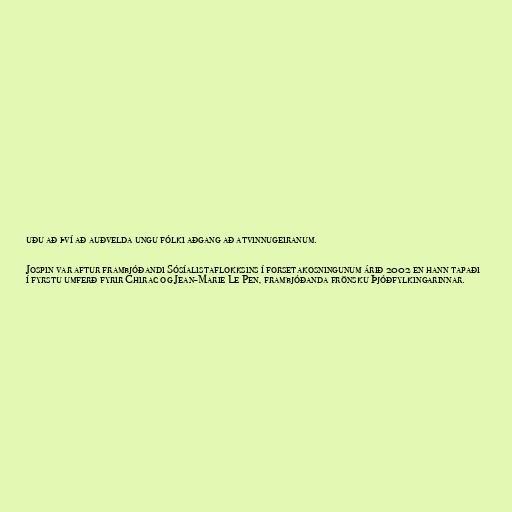
uðu að því að auðvelda ungu fólki aðgang að atvinnugeiranum.

Jospin var aftur frambjóðandi Sósíalistaflokksins í forsetakosningunum árið 2002 en hann tapaði
í fyrstu umferð fyrir Chirac og Jean-Marie Le Pen, frambjóðanda frönsku Þjóðfylkingarinnar.